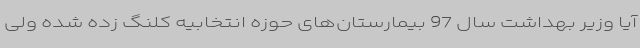
آیا وزیر بهداشت سال 97 بیمارستان‌های حوزه انتخابیه کلنگ زده شده ولی